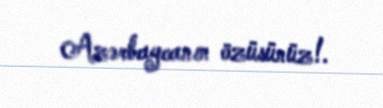
Azərbaycanın özüsünüz!.